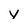
Character: y